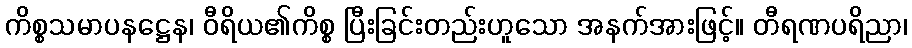
ကိစ္စသမာပနဋ္ဌေန၊ ဝီရိယ၏ကိစ္စ ပြီးခြင်းတည်းဟူသော အနက်အားဖြင့်။ တီရဏပရိညာ၊